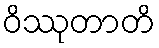
ဝိဿုတာတိ